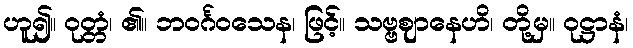
ဟူ၍။ ဝုတ္တံ၊ ၏။ ဘဝင်္ဂဝသေန၊ ဖြင့်။ သဗ္ဗဈာနေဟိ၊ တို့မှ။ ဝုဋ္ဌာနံ၊